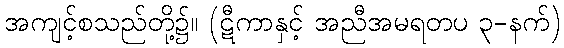
အကျင့်စသည်တို့၌။ (ဋီကာနှင့် အညီအမရတပ ၃-နက်)